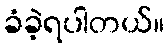
ခံခဲ့ရပါတယ်။